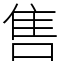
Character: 售